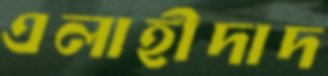
এলাহীদাদ